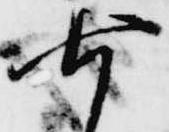
七